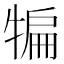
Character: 犏